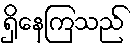
ရှိနေကြသည်